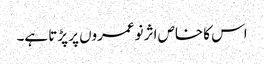
اس کا خاص اثر نوعمروں پر پڑتا ہے۔